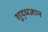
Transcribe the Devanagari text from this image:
शुद्धज्ञान